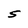
Character: S